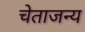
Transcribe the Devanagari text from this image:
चेताजन्य